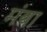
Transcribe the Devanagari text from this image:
मंबा